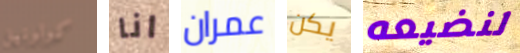
كولونيل انا عمران يكن لنضيعه